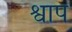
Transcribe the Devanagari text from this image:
श्वाप